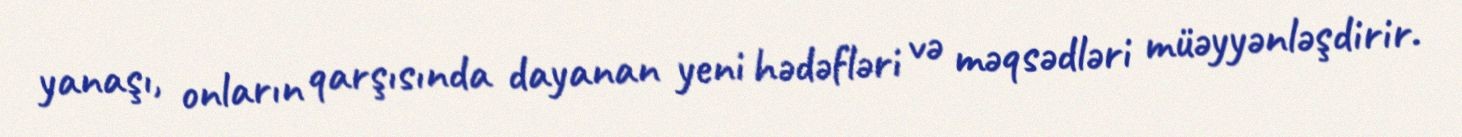
yanaşı, onların qarşısında dayanan yeni hədəfləri və məqsədləri müəyyənləşdirir.